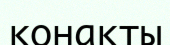
қонакты